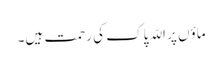
ماؤں پر اللّہ پاک کی رحمت ہیں۔